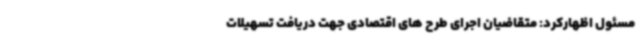
مسئول اظهارکرد: متقاضیان اجرای طرح های اقتصادی جهت دریافت تسهیلات